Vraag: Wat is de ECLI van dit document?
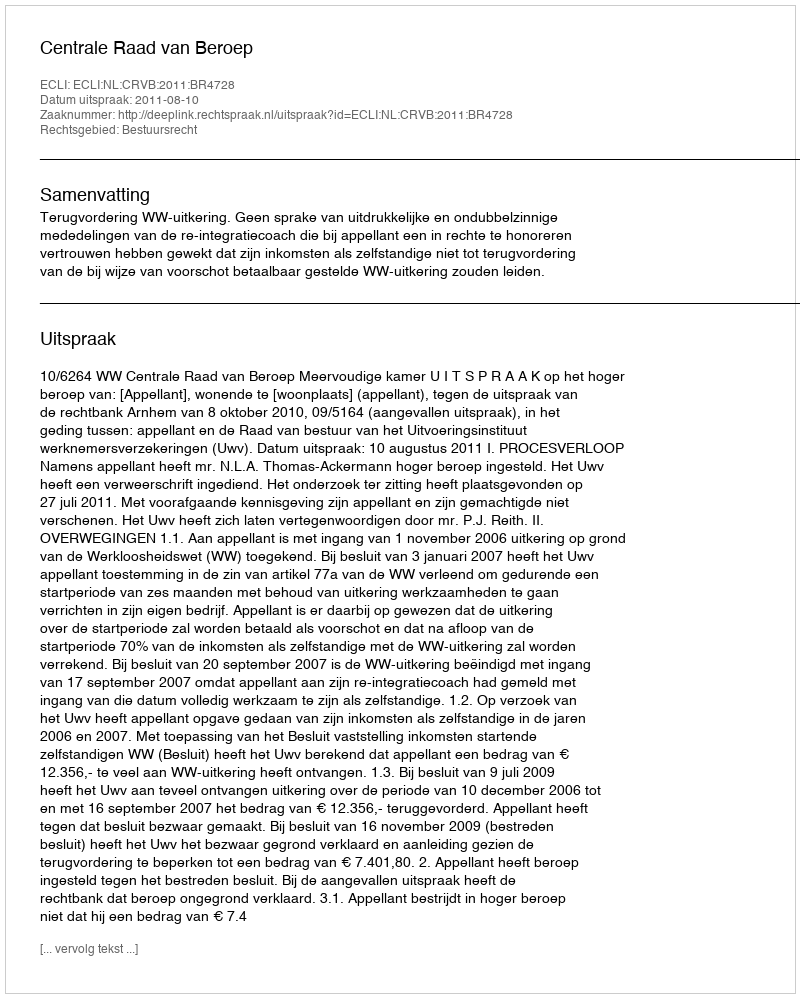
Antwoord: ECLI:NL:CRVB:2011:BR4728